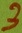
Text: 3